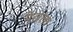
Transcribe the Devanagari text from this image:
गेलला